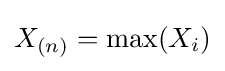
X_{(n)}=\max(X_{i})